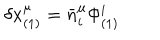
\delta x _ { ( 1 ) } ^ { \mu } = \bar { n } _ { i } ^ { \mu } \Phi _ { ( 1 ) } ^ { i }